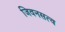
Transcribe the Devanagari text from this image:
जिवनसत्व